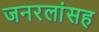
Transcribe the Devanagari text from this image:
जनरलांसह